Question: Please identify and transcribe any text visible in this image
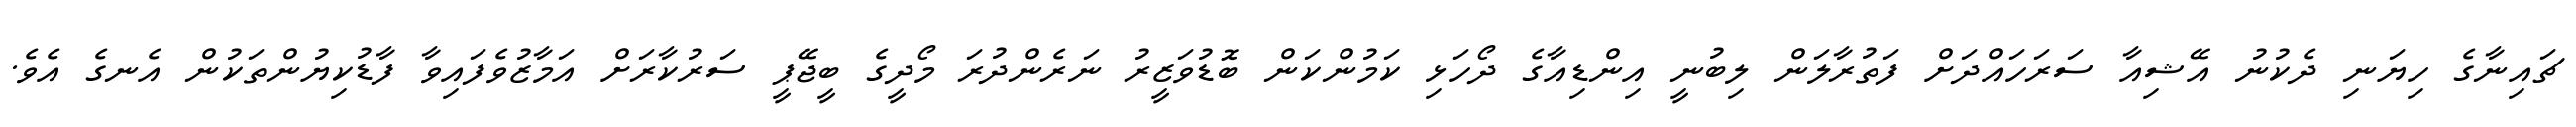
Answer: ޗައިނާގެ ހިޔަނި ދެކުނު އޭޝިއާ ސަރަހައްދަށް ފަތުރާލަން ލިބުނީ އިންޑިއާގެ ދޯހަޅި ކަމުންކަން ބޮޑުވަޒީރު ނަރެންދުރަ މޯދީގެ ބީޖޭޕީ ސަރުކާރަށް އަމާޒުވެފައިވާ ފާޑުކިޔުންތަކުން އެނގެ އެވެ.